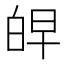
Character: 𰤖